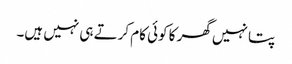
پتا نہیں گھر کا کوئی کام کرتے ہی نہیں ہیں۔